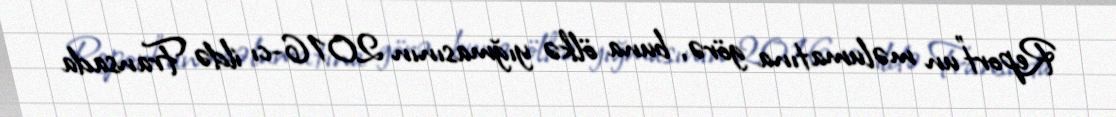
Report"un məlumatına görə, buna ölkə yığmasının 2016-cı ildə Fransada